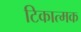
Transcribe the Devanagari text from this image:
टिकात्मक